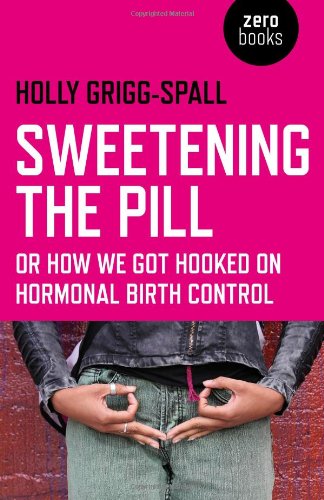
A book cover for Sweetening the Pill: or How We Got Hooked on Hormonal Birth Control; Holly Grigg-Spall; Health, Fitness & Dieting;